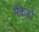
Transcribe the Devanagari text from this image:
मैकेडो